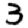
Digit: 3